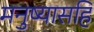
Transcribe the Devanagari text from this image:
मनुष्यासहि